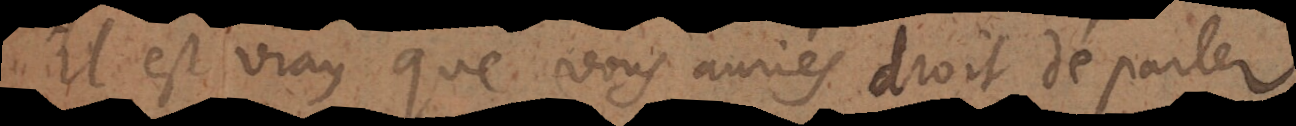
Il est vray que vous auriés droit de parler